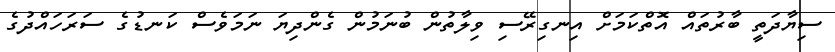
ސިޔާދަތީ ބާރުތައް އޮތްކަމަށް އިނގިރޭސި ވިލާތުން ބުނަމުން ގެންދިޔަ ނަމަވެސް ކަނޑުގެ ސަރަހައްދުގެ